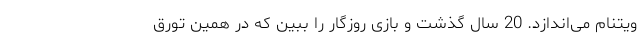
ویتنام می‌اندازد. 20 سال گذشت و بازی روزگار را ببین که در همین تورقِ